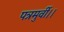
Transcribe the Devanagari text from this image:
पत्रमुर्वी।।